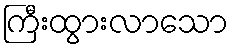
ကြီးထွားလာသော